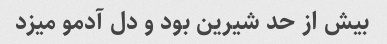
بیش از حد شیرین بود و دل آدمو میزد